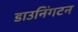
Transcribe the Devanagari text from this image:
डाउनिंगटन